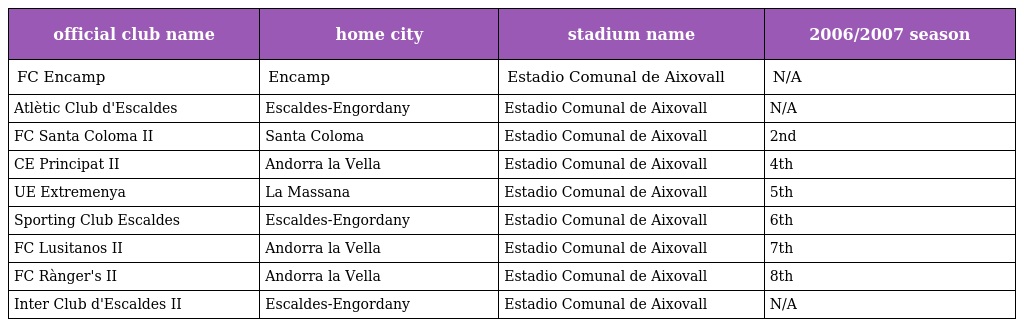
| official club name | home city | stadium name | 2006/2007 season |
 | --- | --- | --- | --- |
 | FC Encamp | Encamp | Estadio Comunal de Aixovall | N/A |
 | Atlètic Club d'Escaldes | Escaldes-Engordany | Estadio Comunal de Aixovall | N/A |
 | FC Santa Coloma II | Santa Coloma | Estadio Comunal de Aixovall | 2nd |
 | CE Principat II | Andorra la Vella | Estadio Comunal de Aixovall | 4th |
 | UE Extremenya | La Massana | Estadio Comunal de Aixovall | 5th |
 | Sporting Club Escaldes | Escaldes-Engordany | Estadio Comunal de Aixovall | 6th |
 | FC Lusitanos II | Andorra la Vella | Estadio Comunal de Aixovall | 7th |
 | FC Rànger's II | Andorra la Vella | Estadio Comunal de Aixovall | 8th |
 | Inter Club d'Escaldes II | Escaldes-Engordany | Estadio Comunal de Aixovall | N/A |